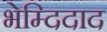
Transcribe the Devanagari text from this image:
भेम्दिदाद